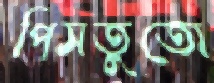
পিসতুতো